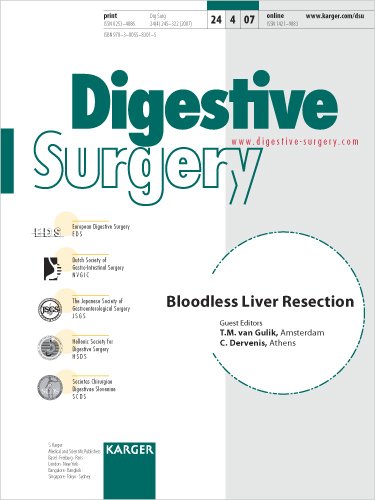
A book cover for Bloodless Liver Resection; Medical Books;